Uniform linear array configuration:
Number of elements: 24
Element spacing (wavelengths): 1
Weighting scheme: cosine
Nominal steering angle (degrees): -60
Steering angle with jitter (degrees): -61.667
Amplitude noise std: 0.05
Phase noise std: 0.05

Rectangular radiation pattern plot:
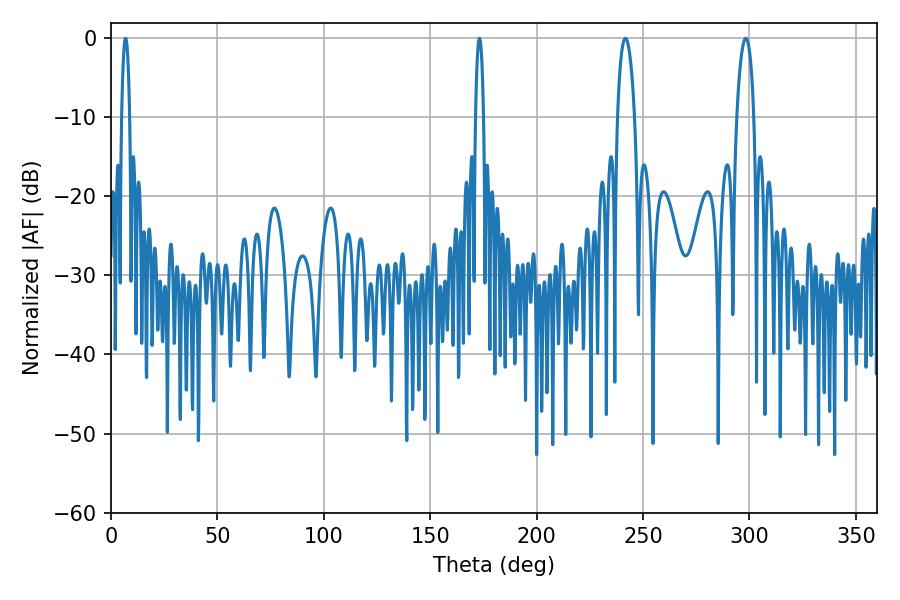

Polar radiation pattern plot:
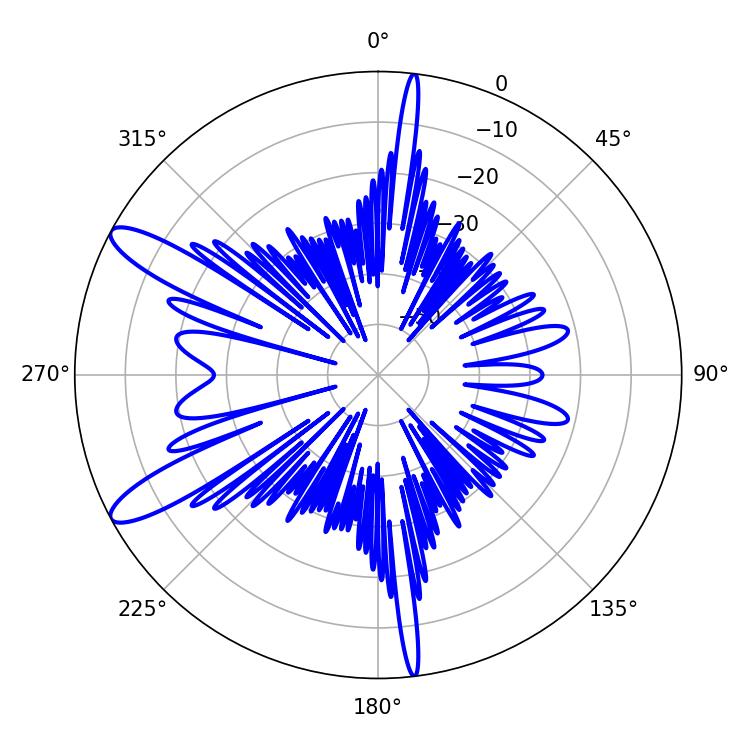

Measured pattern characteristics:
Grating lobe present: TRUE
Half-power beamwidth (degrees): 4.5
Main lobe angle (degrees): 298.26